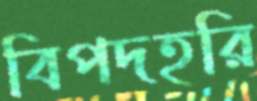
বিপদহরি